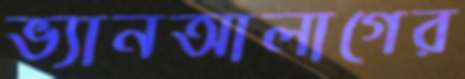
ভ্যানআলাগের